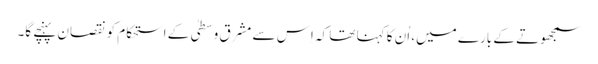
سمجھوتے کے بارے میں، اُن کا کہنا تھا کہ اِس سے مشرق وسطیٰ کے استحکام کو نقصان پہنچے گا۔